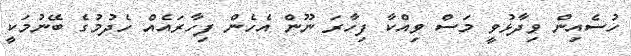
ހުސެއިން ވިދާޅުވީ މަސް ވިއްކާ ފިހާރަ ނޫން އެހެން ފިހާރައެއް ހެދުމުގެ ބޭނުމަކީ